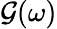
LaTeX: \mathcal{G}(\omega)